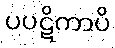
ပပဋိကာပိ